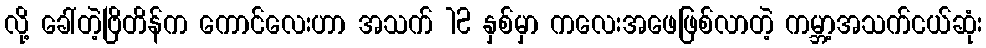
လို့ ခေါ်တဲ့ဗြိတိန်က ကောင်လေးဟာ အသက် 12 နှစ်မှာ ကလေးအဖေဖြစ်လာတဲ့ ကမ္ဘာ့အသက်ငယ်ဆုံး